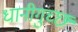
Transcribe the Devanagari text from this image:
धानीगुच्छ